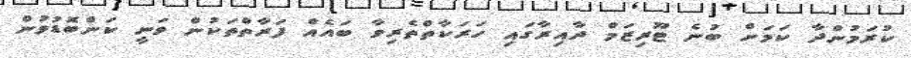
ކުރަމުންދާ ކަމަށް ބުނެ ޓޫރިޒަމް ދާއިރާގައި ހަރަކާތްތެރިވާ ބައެއް ފަރާތްތަކުން ވަނީ ކަންބޮޑުވުން